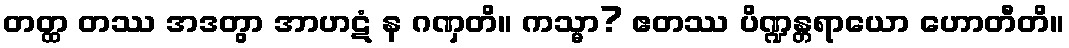
တတ္ထ တဿ အဒတွာ အာဟဋံ န ဂဏှတိ။ ကသ္မာ? ဧတဿ ပိဏ္ဍန္တရာယော ဟောတီတိ။